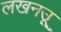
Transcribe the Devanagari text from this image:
लखनउू